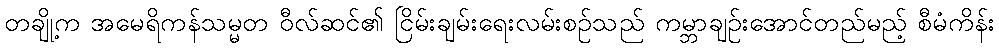
တချို့က အမေရိကန်သမ္မတ ဝီလ်ဆင်၏ ငြိမ်းချမ်းရေးလမ်းစဉ်သည် ကမ္ဘာချဉ်းအောင်တည်မည့် စီမံကိန်း